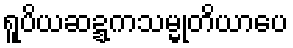
ရူပိယဆဍ္ဍကသမ္မုတိယာပေ